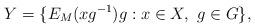
LaTeX: \begin{align*}Y=\{E_M(xg^{-1})g:x\in X,\ g\in G\},\end{align*}